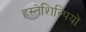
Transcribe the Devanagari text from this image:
हस्तेशिल्पियों